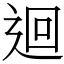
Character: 迴